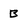
Character: B